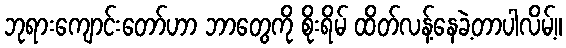
ဘုရားကျောင်းတော်ဟာ ဘာတွေကို စိုးရိမ် ထိတ်လန့်နေခဲ့တာပါလိမ့်။